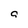
Character: g